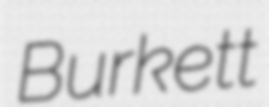
Burkett